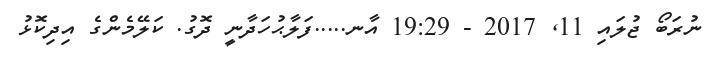
ނުރަބޯ ޖުލައި 11